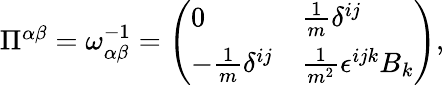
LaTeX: \begin{array}{r}{\Pi^{\alpha\beta}=\omega_{\alpha\beta}^{-1}=\left(\begin{array}{ll}{0}&{\frac{1}{m}\delta^{ij}}\\ {-\frac{1}{m}\delta^{ij}}&{\frac{1}{m^{2}}\epsilon^{ijk}B_{k}}\end{array}\right)}\end{array},